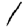
Digit: 1